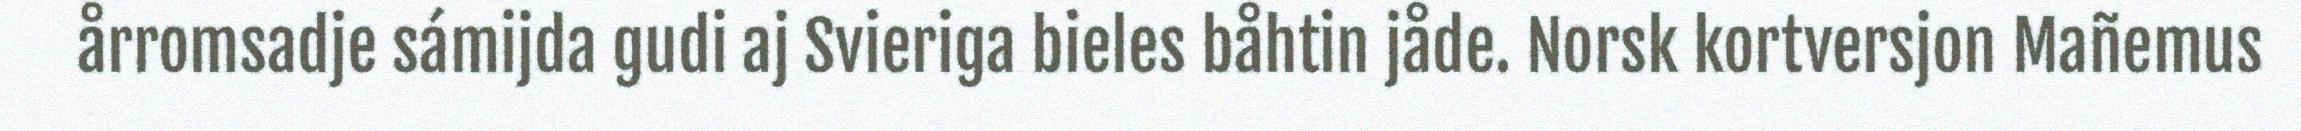
årromsadje sámijda gudi aj Svieriga bieles båhtin jåde. Norsk kortversjon Mañemus